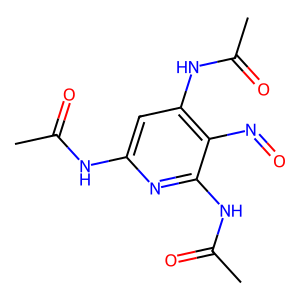
SMILES: CC(=O)Nc1cc(NC(C)=O)c(N=O)c(NC(C)=O)n1
Inhibits HIV replication: No